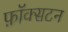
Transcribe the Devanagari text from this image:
फ़ॉक्सटन